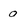
Character: 0